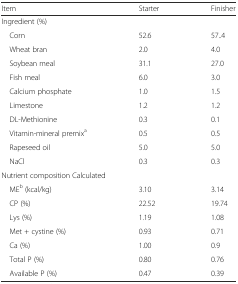
<table><thead><tr><td><b>Item</b></td><td><b>Starter</b></td><td><b>Finisher</b></td></tr></thead><tbody><tr><td colspan="3">Ingredient (%)</td></tr><tr><td> Corn</td><td>52.6</td><td>57..4</td></tr><tr><td> Wheat bran</td><td>2.0</td><td>4.0</td></tr><tr><td> Soybean meal</td><td>31.1</td><td>27.0</td></tr><tr><td> Fish meal</td><td>6.0</td><td>3.0</td></tr><tr><td> Calcium phosphate</td><td>1.0</td><td>1.5</td></tr><tr><td> Limestone</td><td>1.2</td><td>1.2</td></tr><tr><td> DL-Methionine</td><td>0.3</td><td>0.1</td></tr><tr><td> Vitamin-mineral premix<sup>a</sup></td><td>0.5</td><td>0.5</td></tr><tr><td> Rapeseed oil</td><td>5.0</td><td>5.0</td></tr><tr><td> NaCl</td><td>0.3</td><td>0.3</td></tr><tr><td colspan="3">Nutrient composition Calculated</td></tr><tr><td> ME<sup>b</sup> (kcal/kg)</td><td>3.10</td><td>3.14</td></tr><tr><td> CP (%)</td><td>22.52</td><td>19.74</td></tr><tr><td> Lys (%)</td><td>1.19</td><td>1.08</td></tr><tr><td> Met + cystine (%)</td><td>0.93</td><td>0.71</td></tr><tr><td> Ca (%)</td><td>1.00</td><td>0.9</td></tr><tr><td> Total P (%)</td><td>0.80</td><td>0.76</td></tr><tr><td> Available P (%)</td><td>0.47</td><td>0.39</td></tr></tbody></table>